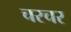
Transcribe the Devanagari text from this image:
चरचर